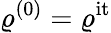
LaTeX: {\varrho^{(0)}=\varrho^{\mathrm{it}}}